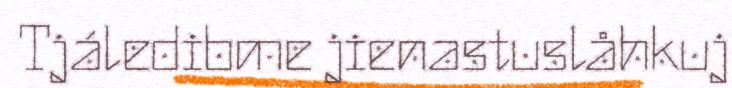
Tjáledibme jienastuslåhkuj